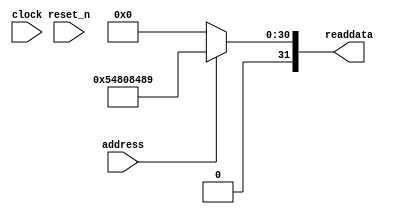
module SoC_sysid_qsys_0 (
               // inputs:
                address,
                clock,
                reset_n,

               // outputs:
                readdata
             )
;

  output  [ 31: 0] readdata;
  input            address;
  input            clock;
  input            reset_n;

  wire    [ 31: 0] readdata;
  //control_slave, which is an e_avalon_slave
  assign readdata = address ? 1417708681 : 0;

endmodule